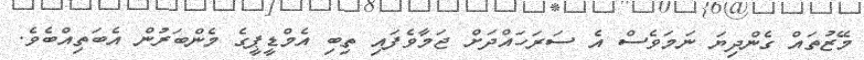
މޭޒުތައް ގެންދިޔަ ނަމަވެސް އެ ސަރަހައްދަށް ޖަމާވެފައި ތިބި އެމްޑީޕީގެ މެންބަރުން އެބަތިއްބެވެ.